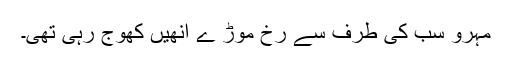
مہرو سب کی طرف سے رخ موڑ ے انھیں کھوج رہی تھی۔